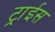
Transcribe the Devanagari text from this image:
ट्राईस